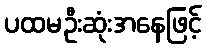
ပထမဦးဆုံးအနေဖြင့်